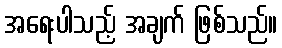
အရေးပါသည့် အချက် ဖြစ်သည်။